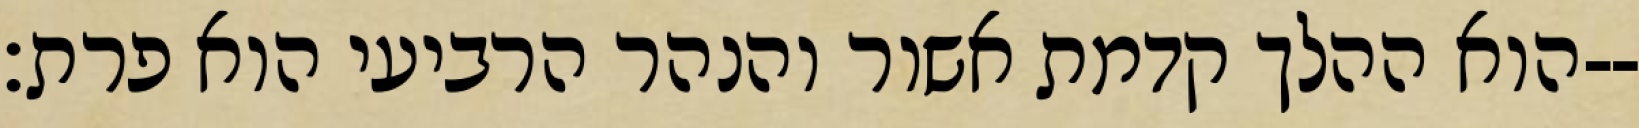
הוא ההלך קדמת אשור והנהר הרביעי הוא פרת׃--